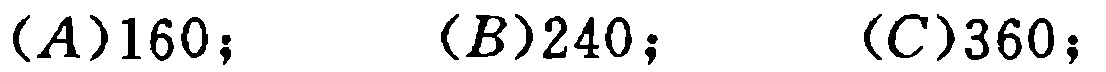
$(A)160; \quad (B)240; \quad (C)360;$